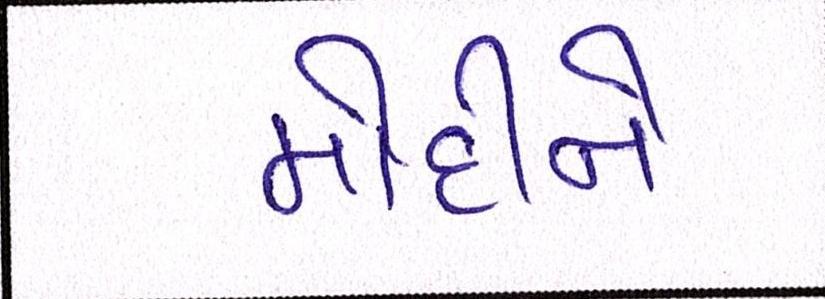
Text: મોદીને